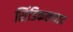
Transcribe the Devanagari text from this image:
सिंडिकलवाद